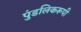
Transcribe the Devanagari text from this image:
पुंडलिकरूपी